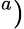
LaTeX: ^a)